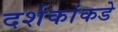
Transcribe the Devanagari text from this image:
दर्शकांकडे